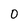
Character: 0